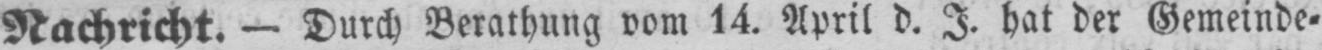
Nachricht. - Durch Berathung vom 14. April d. J. hat der Gemeinde⸗